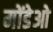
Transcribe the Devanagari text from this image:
मोंडेओ